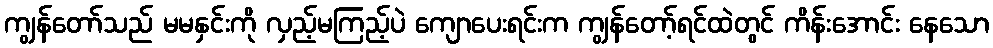
ကျွန်တော်သည် မမနှင်းကို လှည့်မကြည့်ပဲ ကျောပေးရင်းက ကျွန်တော့်ရင်ထဲတွင် ကိန်းအောင်း နေသော